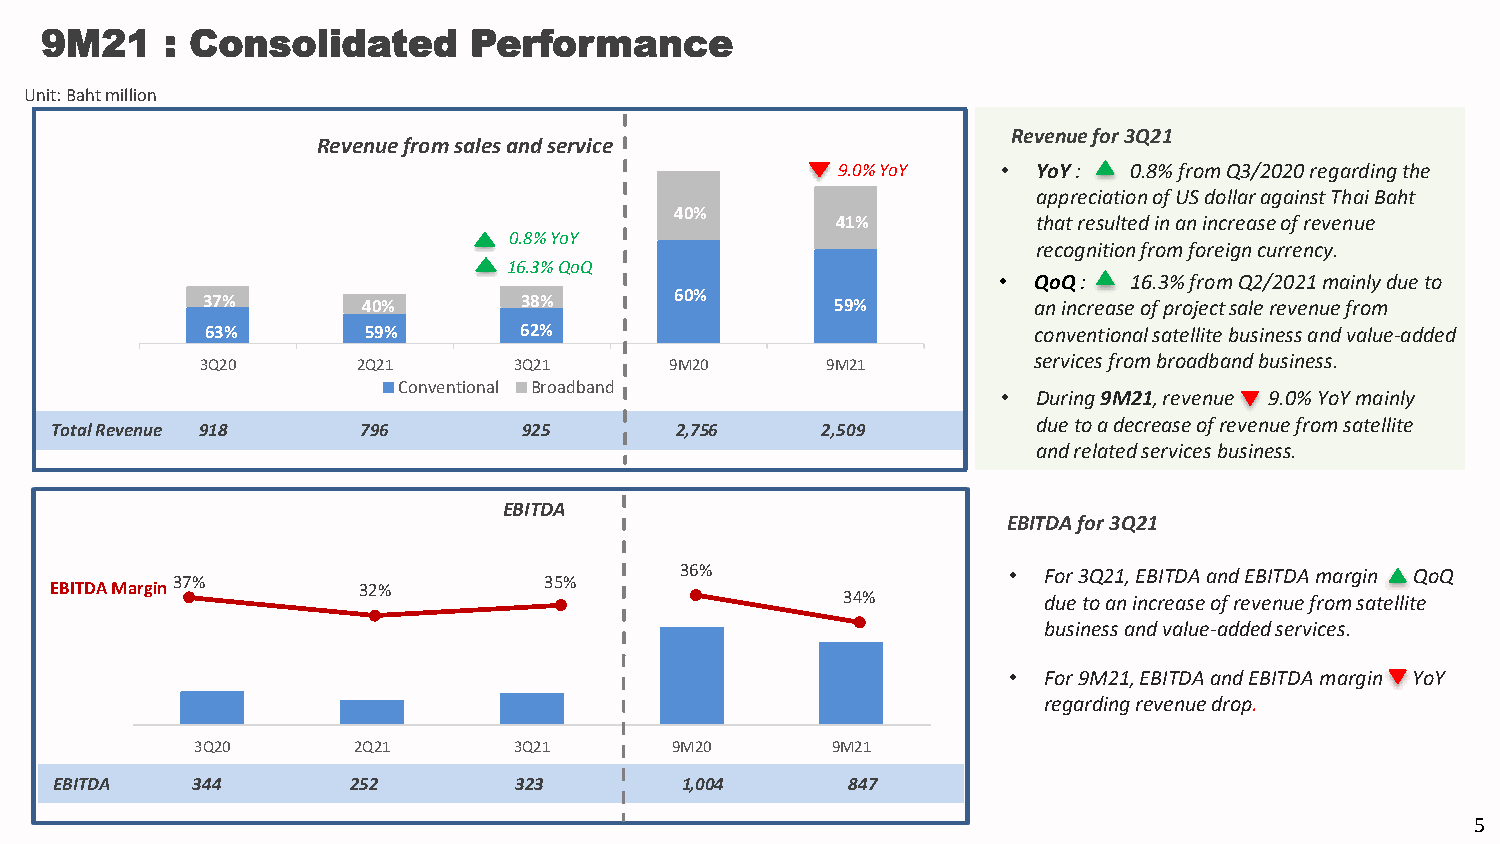
9M21    : Consolidated      Performance
 Unit: Baht million
 Revenue for 3Q21
 Revenue from sales and service
 9.0% YoY   •  YoY:  0.8% from Q3/2020 regarding the
 appreciation of US dollar against Thai Baht
 40%
 41%           that resulted in an increase of revenue
 0.8% YoY
 45%                                                         recognition from foreign currency.
 40%
 16.3% QoQ
 • QoQ:   16.3% from Q2/2021 mainly due to
 37%        40%       38%        60%       59%          an increase of project sale revenue from
 63%       59%       62%                               conventional satellite business and value-added
 3Q20       2Q21      3Q21      9M20       9M21         services from broadband business.
 Conventional Broadband
 •  During 9M21, revenue 9.0% YoY mainly
 due to a decrease of revenue from satellite
 Total Revenue 918    796        925       2,756    2,509
 and related services business.
 EBITDA
 EBITDA for 3Q21
 36%                   • For 3Q21, EBITDA and EBITDA margin QoQ
 37%                      35%
 EBITDA Margin        32%
 34%          due to an increase of revenue from satellite
 business and value-added services.
 • For 9M21, EBITDA and EBITDA margin YoY
 regarding revenue drop.
 3Q20      2Q21       3Q21      9M20       9M21
 EBITDA    344       252        323        1,004      847
 5